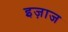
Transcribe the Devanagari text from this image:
इज़ाज